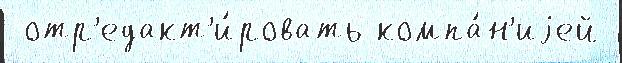
 отр'едакт'и́ровать компа́н'иjей